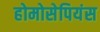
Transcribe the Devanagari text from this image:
होमोसेपियंस